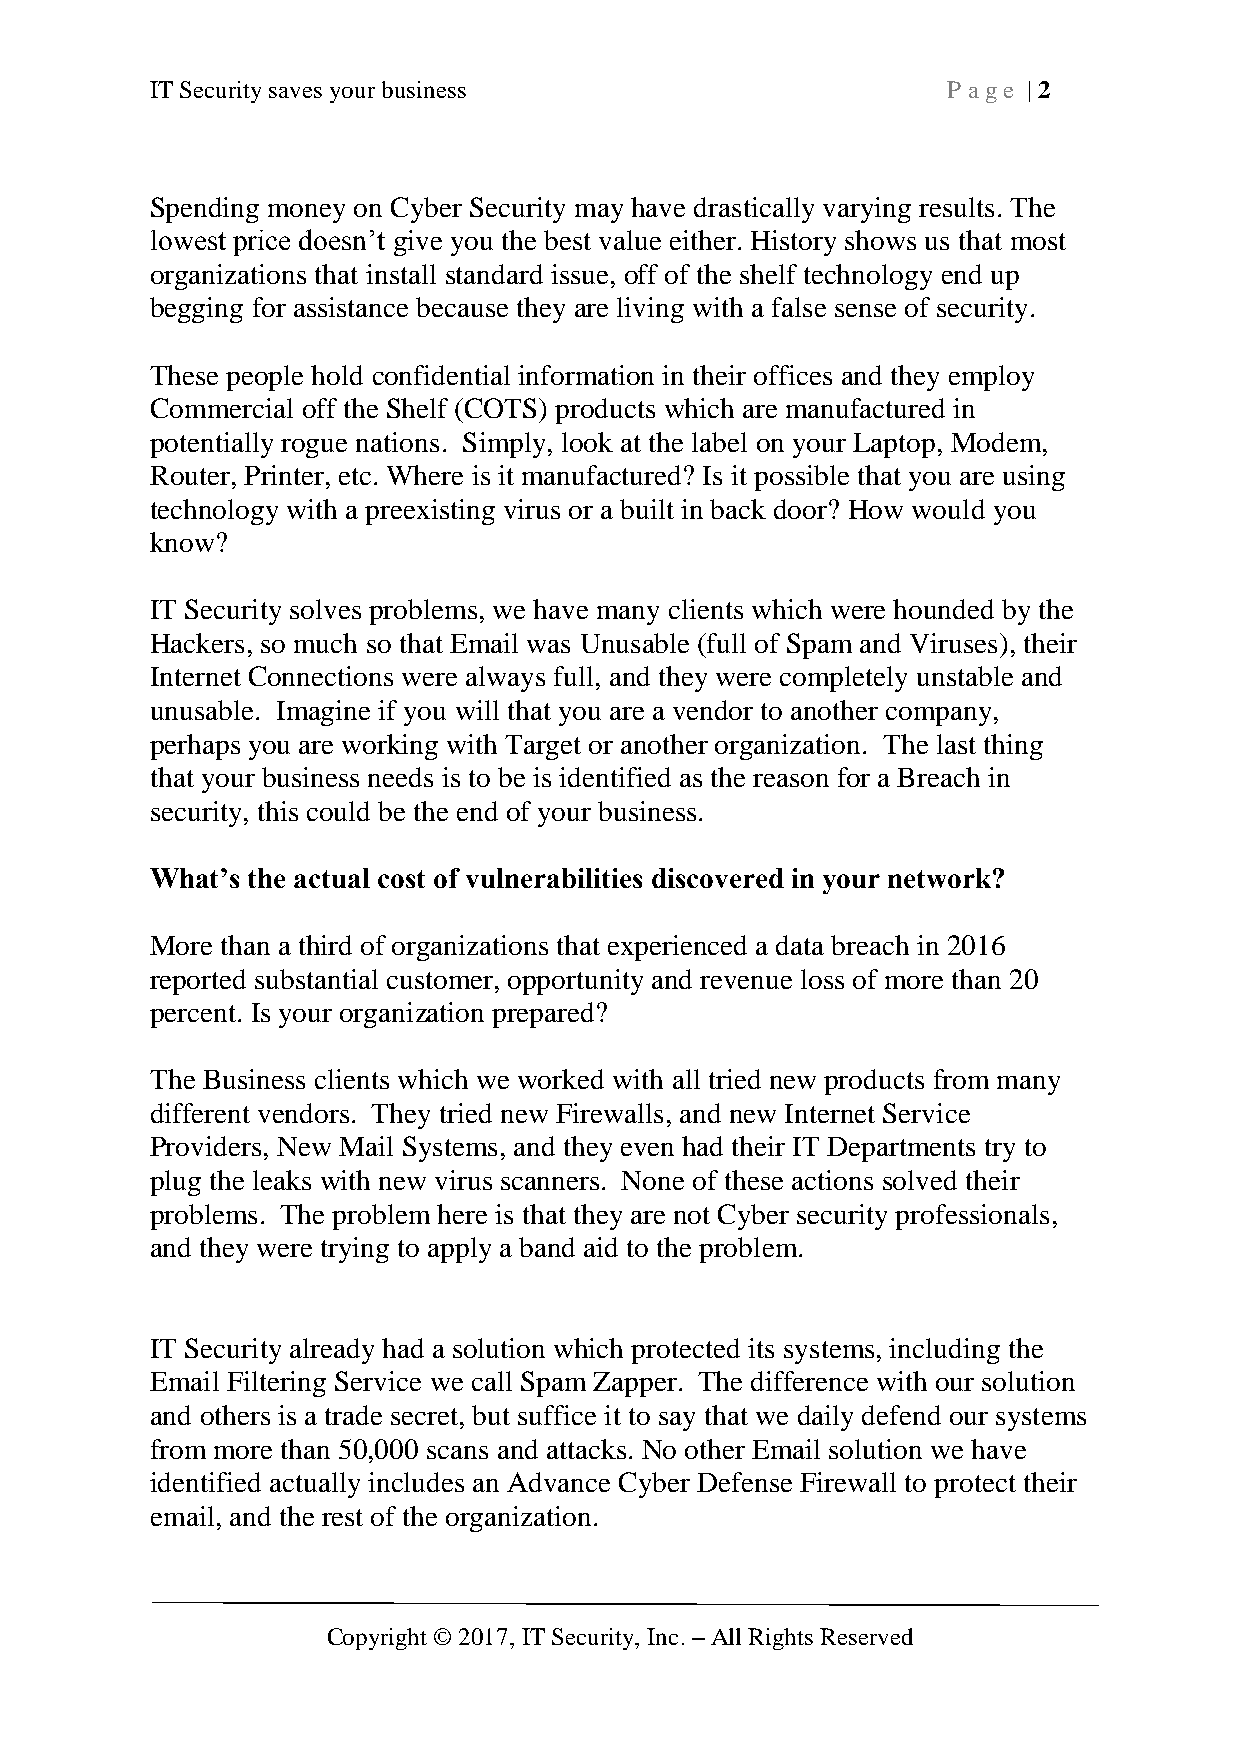
IT Security saves your business                      P age | 2
 Spending money on Cyber Security may have drastically varying results. The
 lowest price doesn’t give you the best value either. History shows us that most
 organizations that install standard issue, off of the shelf technology end up
 begging for assistance because they are living with a false sense of security.
 These people hold confidential information in their offices and they employ
 Commercial off the Shelf (COTS) products which are manufactured in
 potentially rogue nations. Simply, look at the label on your Laptop, Modem,
 Router, Printer, etc. Where is it manufactured? Is it possible that you are using
 technology with a preexisting virus or a built in back door? How would you
 know?
 IT Security solves problems, we have many clients which were hounded by the
 Hackers, so much so that Email was Unusable (full of Spam and Viruses), their
 Internet Connections were always full, and they were completely unstable and
 unusable. Imagine if you will that you are a vendor to another company,
 perhaps you are working with Target or another organization. The last thing
 that your business needs is to be is identified as the reason for a Breach in
 security, this could be the end of your business.
 What’s the actual cost of vulnerabilities discovered in your network?
 More than a third of organizations that experienced a data breach in 2016
 reported substantial customer, opportunity and revenue loss of more than 20
 percent. Is your organization prepared?
 The Business clients which we worked with all tried new products from many
 different vendors. They tried new Firewalls, and new Internet Service
 Providers, New Mail Systems, and they even had their IT Departments try to
 plug the leaks with new virus scanners. None of these actions solved their
 problems. The problem here is that they are not Cyber security professionals,
 and they were trying to apply a band aid to the problem.
 IT Security already had a solution which protected its systems, including the
 Email Filtering Service we call Spam Zapper. The difference with our solution
 and others is a trade secret, but suffice it to say that we daily defend our systems
 from more than 50,000 scans and attacks. No other Email solution we have
 identified actually includes an Advance Cyber Defense Firewall to protect their
 email, and the rest of the organization.
 Copyright © 2017, IT Security, Inc. – All Rights Reserved